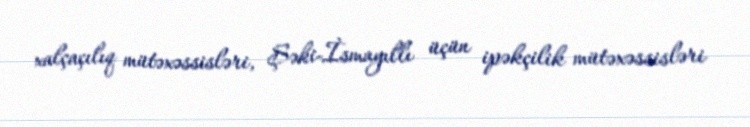
xalçaçılıq mütəxəssisləri, Şəki-İsmayıllı üçün ipəkçilik mütəxəssisləri